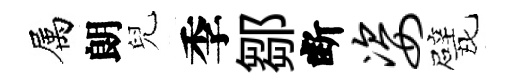
属朗兒季鄒断姿戏